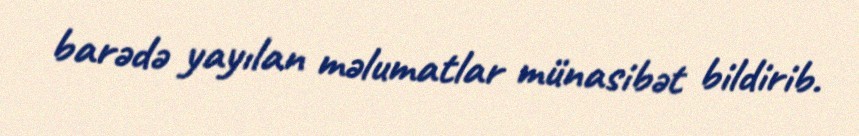
barədə yayılan məlumatlar münasibət bildirib.